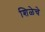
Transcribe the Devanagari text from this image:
शिळेचे